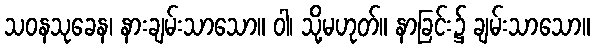
သဝနသုခေန၊ နားချမ်းသာသော။ ဝါ၊ သို့မဟုတ်။ နာခြင်း၌ ချမ်းသာသော။